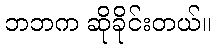
ဘဘက ဆိုခိုင်းတယ်။